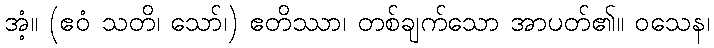
အံ့။ (ဧဝံ သတိ၊ သော်၊) ဧတိဿာ၊ တစ်ချက်သော အာပတ်၏။ ဝသေန၊